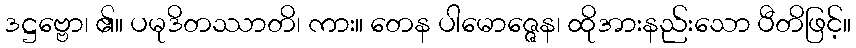
ဒဋ္ဌဗ္ဗော၊ ၏။ ပမုဒိတဿာတိ၊ ကား။ တေန ပါမောဇ္ဇေန၊ ထိုအားနည်းသော ပီတိဖြင့်။